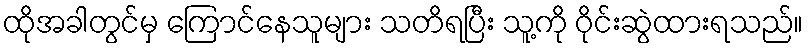
ထိုအခါတွင်မှ ကြောင်နေသူများ သတိရပြီး သူ့ကို ဝိုင်းဆွဲထားရသည်။